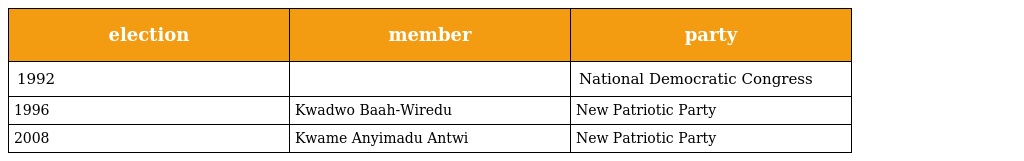
| election | member | party |
 | --- | --- | --- |
 | 1992 |  | National Democratic Congress |
 | 1996 | Kwadwo Baah-Wiredu | New Patriotic Party |
 | 2008 | Kwame Anyimadu Antwi | New Patriotic Party |